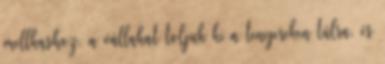
mellkashoz, a vállakat toljuk ki a tenyereken túlra, és